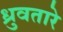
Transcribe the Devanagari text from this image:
ध्रुवतारे